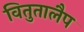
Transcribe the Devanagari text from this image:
वितुतालैप